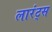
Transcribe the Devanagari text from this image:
लारंट्स